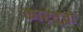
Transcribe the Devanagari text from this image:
कारतूचो